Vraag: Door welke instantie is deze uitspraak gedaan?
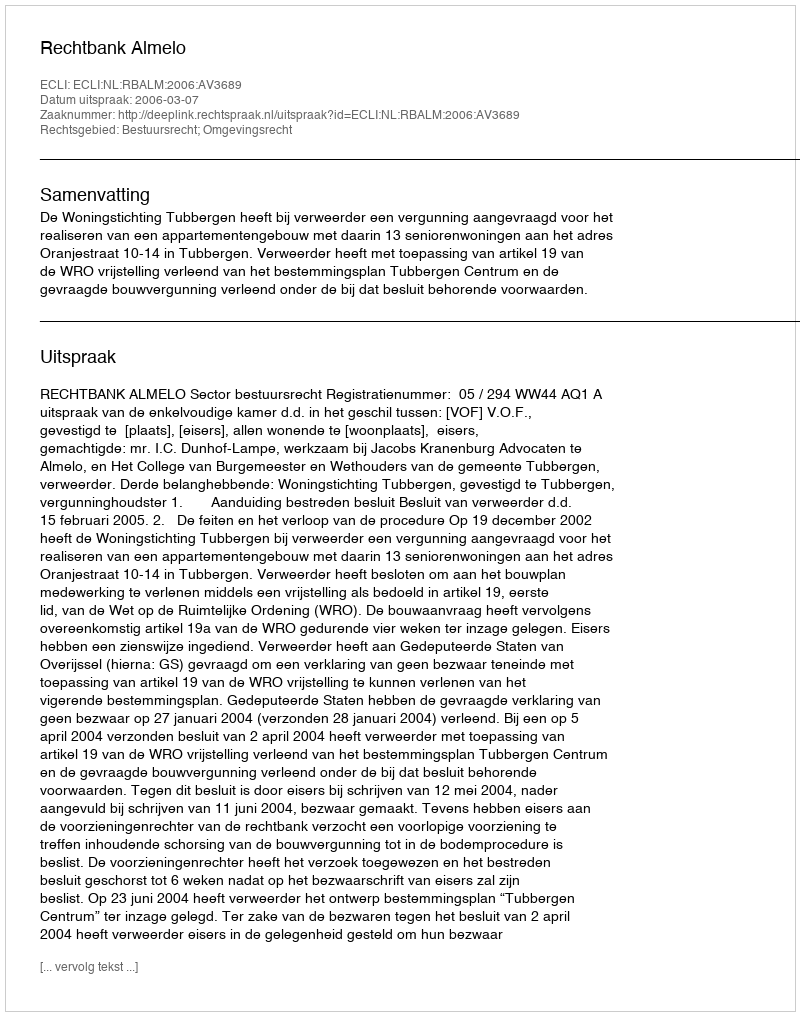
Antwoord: Rechtbank Almelo